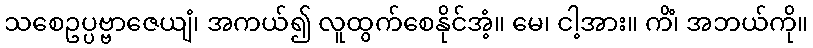
သစေဥပ္ပဗ္ဗာဇေယျံ၊ အကယ်၍ လူထွက်စေနိုင်အံ့။ မေ၊ ငါ့အား။ ကိံ၊ အဘယ်ကို။